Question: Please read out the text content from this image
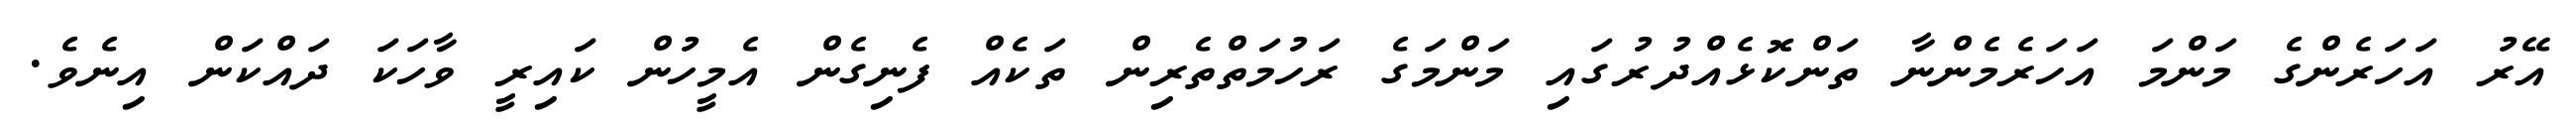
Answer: އޭރު އަހަރެންގެ މަންމަ އަހަރެމެންނާ ތަންކޮޅެއްދުރުގައި މަންމަގެ ރަހުމަތްތެރިން ތަކެއް ފެނިގެން އެމީހުން ކައިރީ ވާހަކަ ދައްކަން އިނެވެ.